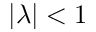
| \lambda | < 1